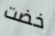
خضت